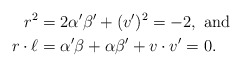
\begin{align*}r^2 &= 2\alpha'\beta' + (v')^2 = -2, \textrm{ and} \\r\cdot\ell &= \alpha'\beta + \alpha\beta' + v\cdot v' = 0.\end{align*}